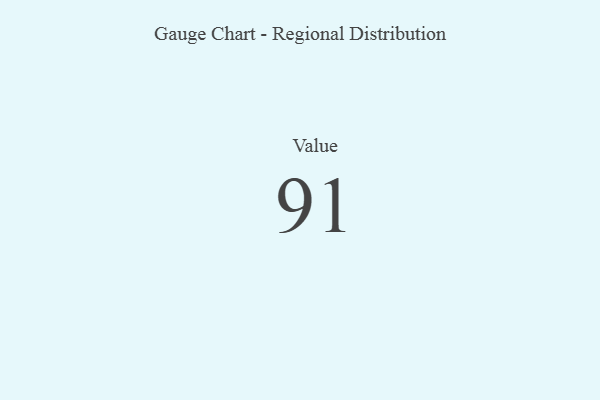
{"axis": {"x": "Metric", "y": "Value"}, "legend": [""], "data": [{"x": "Value", "y": 91, "type": ""}]}